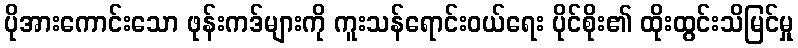
ပိုအားကောင်းသော ဖုန်းကဒ်များကို ကူးသန်ရောင်းဝယ်ရေး ပိုင်စိုး၏ ထိုးထွင်းသိမြင်မှု